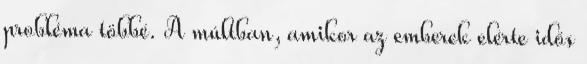
probléma többé. A múltban, amikor az emberek elérte idős